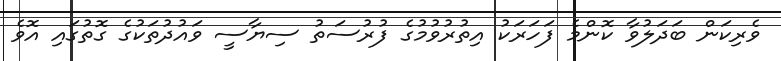
ވެރިކަން ބަދަލުވާ ކޮންމެ ފަހަރަކު އިތުރުވުމުގެ ފުރުސަތު ސިޔާސީ ވައުދުތަކުގެ ގޮތުގައި އޮވެ